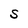
Character: S